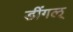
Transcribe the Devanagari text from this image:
डींगल्